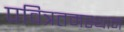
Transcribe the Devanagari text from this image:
पवित्रतमस्थान